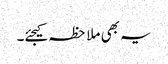
یہ بھی ملاحظہ کیجئے۔